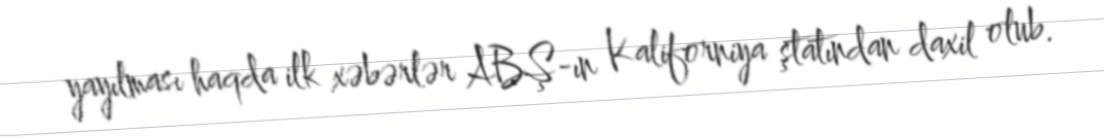
yayılması haqda ilk xəbərlər ABŞ-ın Kaliforniya ştatından daxil olub.